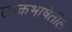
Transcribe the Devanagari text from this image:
लोकभाषेतील